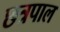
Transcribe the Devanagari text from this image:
छत्रपाल